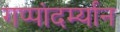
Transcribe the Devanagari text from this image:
गप्पांदर्म्यान